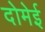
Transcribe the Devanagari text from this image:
दोमेई